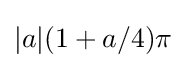
|a|(1+a/4)\pi